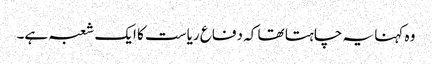
وہ کہنا یہ چاہتا تھا کہ دفاع ریاست کا ایک شعبہ ہے۔